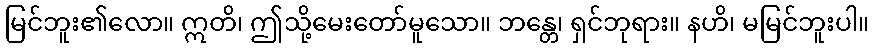
မြင်ဘူး၏လော။ ဣတိ၊ ဤသို့မေးတော်မူသော။ ဘန္တေ၊ ရှင်ဘုရား။ နဟိ၊ မမြင်ဘူးပါ။